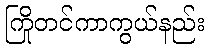
ကြိုတင်ကာကွယ်နည်း